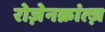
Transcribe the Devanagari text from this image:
रोज़ेनक्रांत्ज़